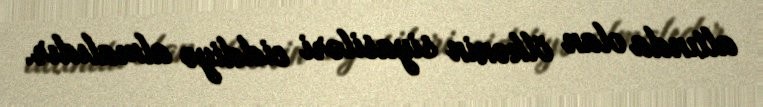
altında olan ölkənin siyasiləri ciddiyə almalıdır.